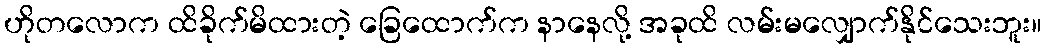
ဟိုတလောက ထိခိုက်မိထားတဲ့ ခြေထောက်က နာနေလို့ အခုထိ လမ်းမလျှောက်နိုင်သေးဘူး။